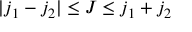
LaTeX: | j _ { 1 } - j _ { 2 } | \leq J \leq j _ { 1 } + j _ { 2 }